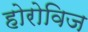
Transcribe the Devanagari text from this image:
होरोविज